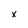
Character: x